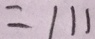
= 1 1 1